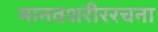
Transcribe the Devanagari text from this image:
मानवशरीररचना